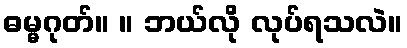
ဓမ္မဂုတ်။ ။ ဘယ်လို လုပ်ရသလဲ။